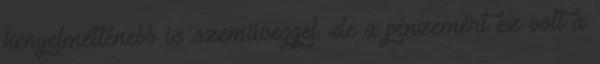
kényelmetlenebb is szemüveggel -de a pénzemért ez volt a